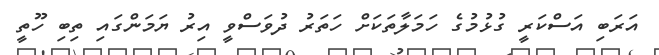
އަރަބި އަސްކަރީ ގުޅުމުގެ ހަމަލާތަކަށް ހަތަރު ދުވަސްވީ އިރު ޔަމަންގައި ތިބި ހޫތީ